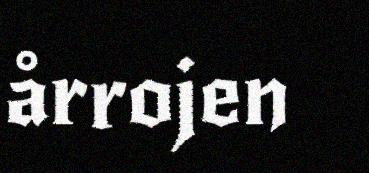
årrojen